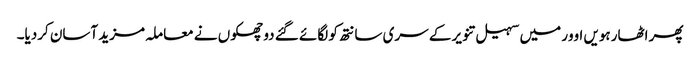
پھر اٹھارہویں اوور میں سہیل تنویر کے سری سانتھ کو لگائے گئے دو چھکوں نے معاملہ مزید آسان کردیا۔